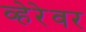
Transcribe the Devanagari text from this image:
व्हेरेवर